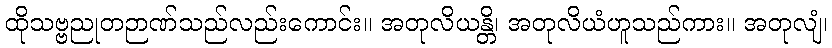
ထိုသဗ္ဗညုတဉာဏ်သည်လည်းကောင်း။ အတုလိယန္တိ၊ အတုလိယံဟူသည်ကား။ အတုလျံ၊